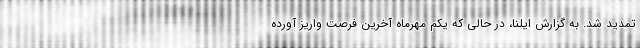
تمدید شد. به گزارش ایلنا، در حالی که یکم مهرماه آخرین فرصت واریز آورده